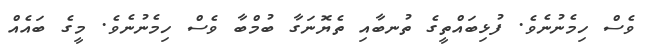
ވެސް ހިމެނުނެވެ. ފުޅިބައްތީގެ ތުނބާއި ތެޔޮނަގާ ބުމްބާ ވެސް ހިމެނުނެވެ. މީގެ ބައެއް